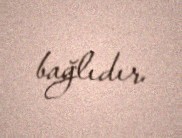
bağlıdır.